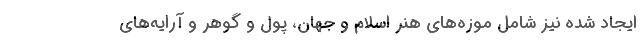
ایجاد شده نیز شامل موزه‌های هنر اسلام و جهان، پول و گوهر و آرایه‌های